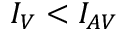
I _ { V } < I _ { A V }